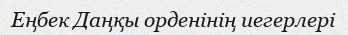
Еңбек Даңқы орденінің иегерлері